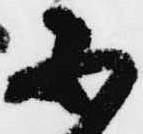
不